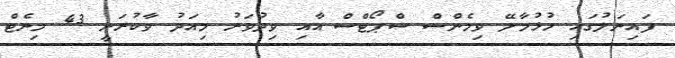
ފައިނަލުގައި ހުޅުމާލޭ ވިމެންސް ސްޕޯޓްސް އާއި ވިދުވަރު މިއަދު ވާކުރަނީ 43 މިނެޓް